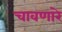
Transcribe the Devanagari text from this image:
चावणारे